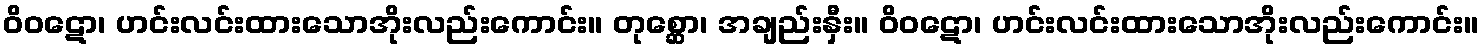
ဝိဝဋော၊ ဟင်းလင်းထားသောအိုးလည်းကောင်း။ တုစ္ဆော၊ အချည်းနှီး။ ဝိဝဋော၊ ဟင်းလင်းထားသောအိုးလည်းကောင်း။